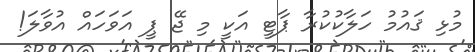
މުޅި ޤައުމު ހަލާކުކުރާ ޕާޓީ އަކީ މި ޖޭ ޕީ އަވަހައް އުވާލަ!